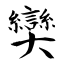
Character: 奱